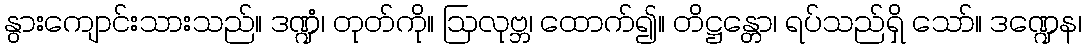
နွားကျောင်းသားသည်။ ဒဏ္ဍံ၊ တုတ်ကို။ ဩလုဗ္ဘ၊ ထောက်၍။ တိဋ္ဌန္တော၊ ရပ်သည်ရှိ သော်။ ဒဏ္ဍေန၊